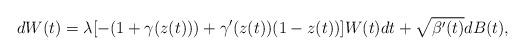
LaTeX: \begin{align*}dW(t)=\lambda[-(1+\gamma(z(t)))+\gamma'(z(t))(1-z(t))]W(t)dt+ \sqrt{\beta'(t)} dB(t),\end{align*}